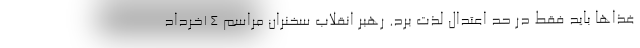
غذاها باید فقط در حد اعتدال لذت برد. رهبر انقلاب سخنران مراسم ۱۴خرداد